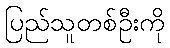
ပြည်သူတစ်ဦးကို